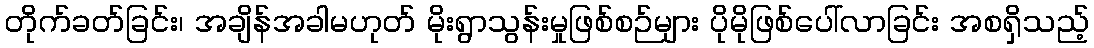
တိုက်ခတ်ခြင်း၊ အချိန်အခါမဟုတ် မိုးရွာသွန်းမှုဖြစ်စဉ်များ ပိုမိုဖြစ်ပေါ်လာခြင်း အစရှိသည့်